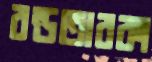
বন্ডতারকা